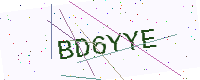
Text: BD6YYE